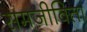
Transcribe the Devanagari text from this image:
समजीविता